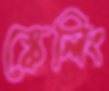
স্কেলিং